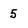
Character: 5